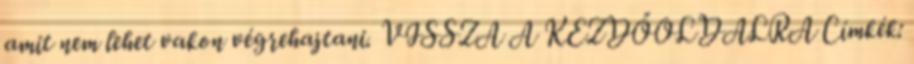
amit nem lehet vakon végrehajtani. VISSZA A KEZDŐOLDALRA Címkék: